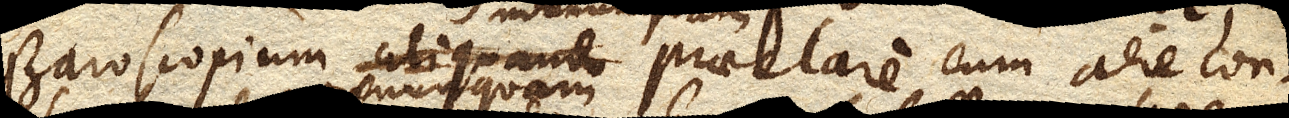
Baroscopium aliquando praeclare cum aere con–